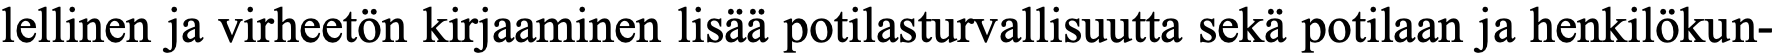
lellinen ja virheetön kirjaaminen lisää potilasturvallisuutta sekä potilaan ja henkilökun-